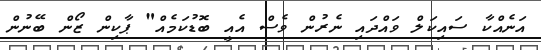
އަނެއްކާ ސައިކަލް ވައްދައި ނެރުން ވެސް އެއީ ބޮޑުކަމެއް" ޕާކިން ޒޯން ބޭނުން